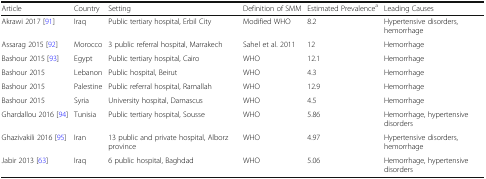
| Article | Country | Setting | Definition of SMM | Estimated Prevalencea | Leading Causes |
 | --- | --- | --- | --- | --- | --- |
 | Akrawi 2017 [91] | Iraq | Public tertiary hospital, Erbil City | Modified WHO | 8.2 | Hypertensive disorders, hemorrhage |
 | Assarag 2015 [92] | Morocco | 3 public referral hospital, Marrakech | Sahel et al. 2011 | 12 | Hemorrhage |
 | Bashour 2015 [93] | Egypt | Public tertiary hospital, Cairo | WHO | 12.1 | Hemorrhage |
 | Bashour 2015 | Lebanon | Public hospital, Beirut | WHO | 4.3 | Hemorrhage |
 | Bashour 2015 | Palestine | Public referral hospital, Ramallah | WHO | 12.9 | Hemorrhage |
 | Bashour 2015 | Syria | University hospital, Damascus | WHO | 4.5 | Hemorrhage |
 | Ghardallou 2016 [94] | Tunisia | Public tertiary hospital, Sousse | WHO | 5.86 | Hemorrhage, hypertensive disorders |
 | Ghazivakili 2016 [95] | Iran | 13 public and private hospital, Alborz province | WHO | 4.97 | Hypertensive disorders, hemorrhage |
 | Jabir 2013 [63] | Iraq | 6 public hospital, Baghdad | WHO | 5.06 | Hemorrhage, hypertensive disorders |